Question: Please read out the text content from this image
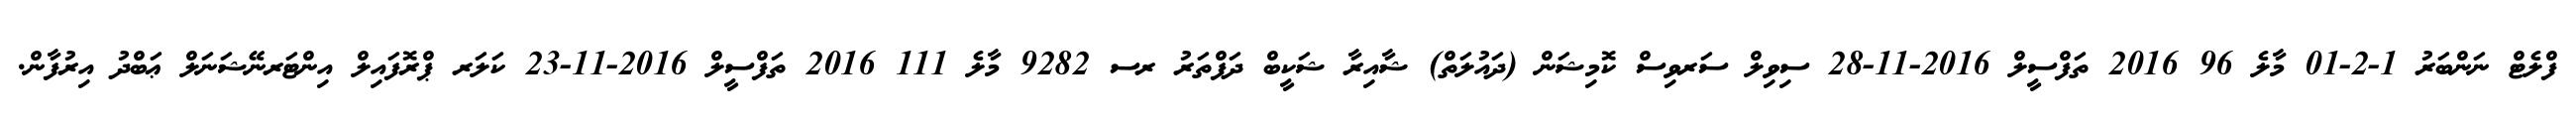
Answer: ފްލެޓް ނަންބަރު 1-2-01 މާލެ 96 2016 ތަފްސީލް 2016-11-28 ސިވިލް ސަރވިސް ކޮމިޝަން (ދައުލަތް) ޝާއިރާ ޝަކީބް ދަފްތަރު ރސ 9282 މާލެ 111 2016 ތަފްސީލް 2016-11-23 ކަލަރ ޕްރޮފައިލް އިންޓަރނޭޝަނަލް ޢަބްދު އިރުފާން.